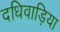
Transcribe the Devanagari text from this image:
दधिवाड़िया